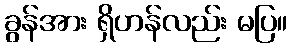
ခွန်အား ရှိဟန်လည်း မပြ။